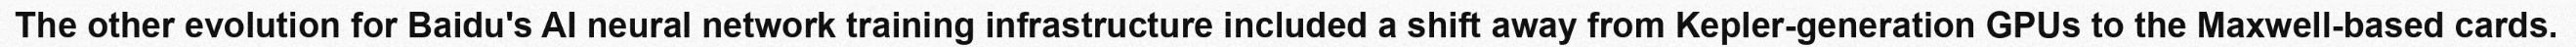
The other evolution for Baidu's AI neural network training infrastructure included a shift away from Kepler-generation GPUs to the Maxwell-based cards.